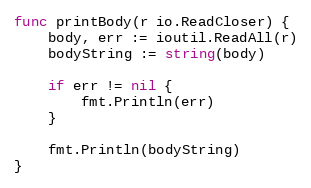
Language: Go
func printBody(r io.ReadCloser) {
	body, err := ioutil.ReadAll(r)
	bodyString := string(body)

	if err != nil {
		fmt.Println(err)
	}

	fmt.Println(bodyString)
}